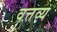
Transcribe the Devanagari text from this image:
वत्तव्य